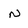
Character: n